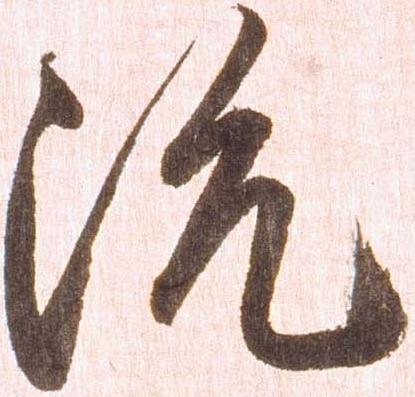
沈